Annual report of the Imperial Bacteriologist
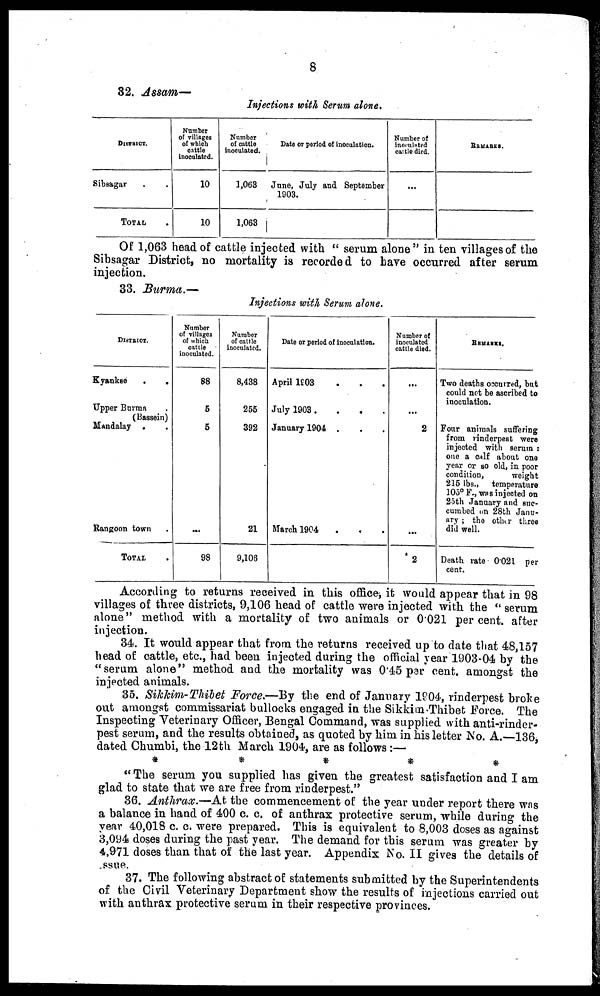
8
32. Assam-
Injections with Serum alone.
DISTRICT.
Sibsagar. .
TOTAL
Number
of villages
of which
cattle
inoculated.
10
10
Number
of cattle
inoculated.
1,063
1,063
Date or period of inoculation.
June, July and September
1903.
Number of
inoculatcd
cattle died.
...
REMARKS.
Of 1,063 head of cattle injected with "serum alone" in ten villages of the
Sibsagar District, no mortality is recorded to have occurred after serum
injection.
33. Burma.—
Injections with Serum alone.
DISTRICT.
Kyankse
.
.
Upper Burma
( Bassein)
Mandalay . .
Rangoon town .
TOTAL
.
Number
of villages
of which
cattle
inoculated.
88
5
5
...
98
Number
of cattle
inoculated.
8,438
255
392
21
9,106
Date or period of inoculation.
April 1903 . . .
July 1903. . . .
January 1904 . . .
March 1904 . . .
Number of
inoculated
cattle died.
...
...
2
...
2
REMARKS.
Two deaths occurred, but
could not be ascribed to
inoculation.
Four animals suffering
from rinderpest were
injected with serum :
one a calf about one
year or so old, in poor
condition,
weight
215 lbs., temperature
105° F., was injected on
25th January and suc-
cumbed on 28th Janu-
ary ; the other three
did well.
Death rate 0.021 per
cent.
According to returns received in this office, it would appear that in 98
villages of three districts, 9,106 head of cattle were injected with the "serum
alone" method with a mortality of two animals or 0.021 per cent. after
injection.
34. It would appear that from the returns received up to date that 48,157
head of cattle, etc., had been injected during the official year 1903-04 by the
"serum alone" method and the mortality was 0.45 per cent. amongst the
injected animals.
35. Sikkim-Thibet Force.—By the end of January 1904, rinderpest broke
out amongst commissariat bullocks engaged in the Sikkim-Thibet Force. The
Inspecting Veterinary Officer, Bengal Command, was supplied with anti-rinder-
pest serum, and the results obtained, as quoted by him in his letter No. A.—136,
dated Chumbi, the 12th March 1904, are as follows :—
*****
" The serum you supplied has given the greatest satisfaction and I am
glad to state that we are free from rinderpest."
36. Anthrax.—At the commencement of the year under report there was
a balance in hand of 400 c. c. of anthrax protective serum, while during the
year 40,018 c. c. were prepared. This is equivalent to 8,003 doses as against
3,094 doses during the past year. The demand for this serum was greater by
4,971 doses than that of the last year. Appendix No. II gives the details of
ssue.
37. The following abstract of statements submitted by the Superintendents
of the Civil Veterinary Department show the results of injections carried out
with anthrax protective serum in their respective provinces.